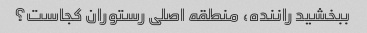
ببخشید راننده، منطقه اصلی رستوران کجاست؟